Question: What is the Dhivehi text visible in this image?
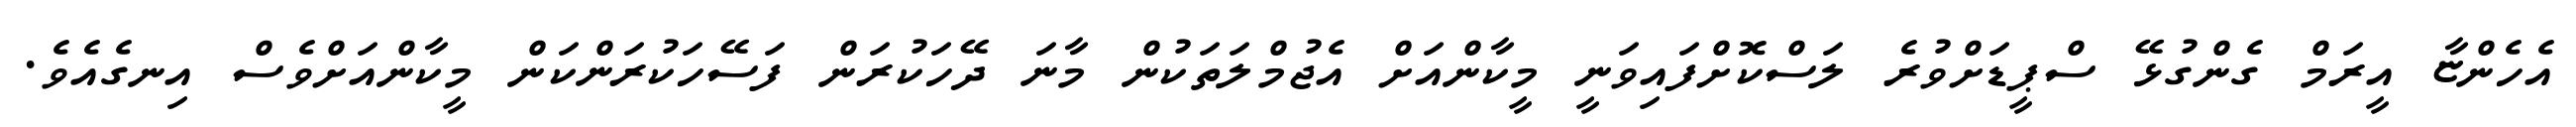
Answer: އެހެންޏާ އީރަމް ގެންގުޅޭ ސްޕީޑަށްވުރެ ލަސްކޮށްފައިވަނީ މީކާންއަށް އެޖުމްލަތަކުން މާނަ ދޭހަކުރަން ފަސޭހަކުރަންކަން މީކާންއަށްވެސް އިނގެއެވެ.